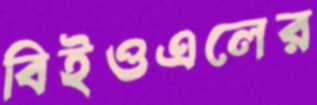
বিইওএলের